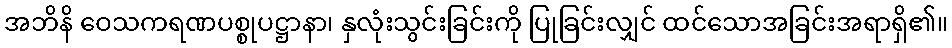
အဘိနိ ဝေသကရဏပစ္စုပဋ္ဌာနာ၊ နှလုံးသွင်းခြင်းကို ပြုခြင်းလျှင် ထင်သောအခြင်းအရာရှိ၏။